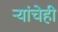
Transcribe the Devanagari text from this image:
ऱ्यांचेही